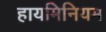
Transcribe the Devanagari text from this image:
हायमिनियम